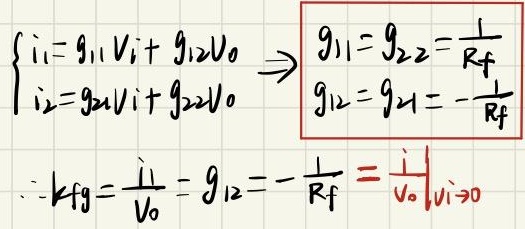
\[
\begin{cases}
i_1 = g_{11}V_i + g_{12}V_o \\
i_2 = g_{21}V_i + g_{22}V_o
\end{cases}
\Rightarrow
\begin{cases}
g_{11} = g_{22} = \frac{1}{R_f} \\
g_{12} = g_{21} = -\frac{1}{R_f}
\end{cases}
\]

\(\because k_{fg} = \frac{i_1}{V_o} = g_{12} = -\frac{1}{R_f} = \left.\frac{i_1}{V_o}\right|_{V_i = 0}\)